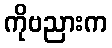
ကိုဗညားက